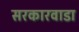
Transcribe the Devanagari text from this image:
सरकारवाडा